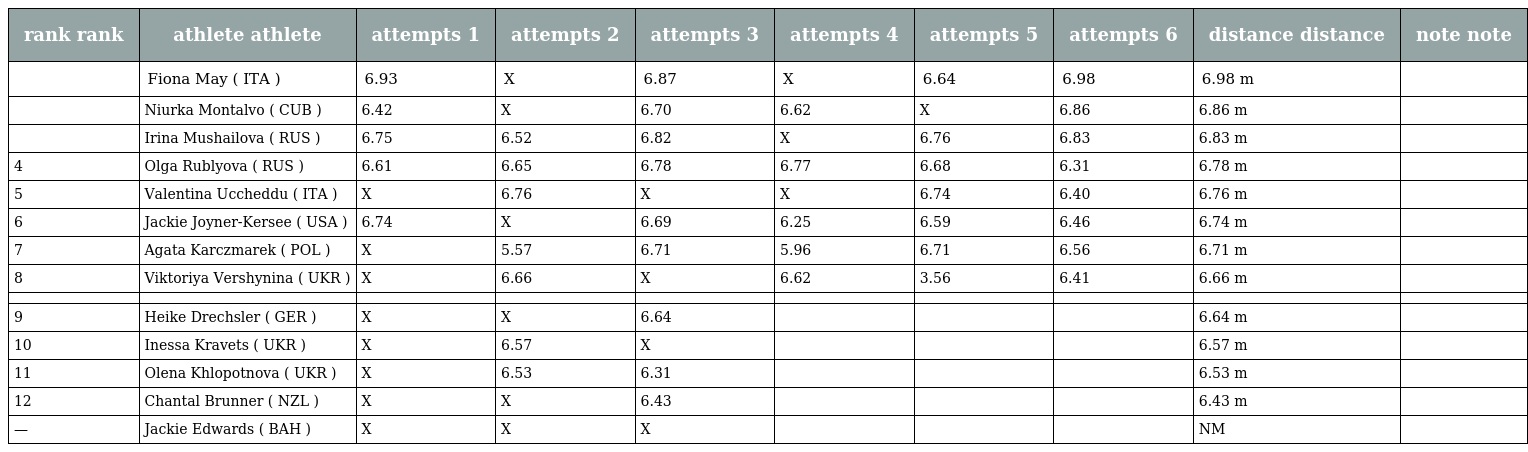
| rank rank | athlete athlete | attempts 1 | attempts 2 | attempts 3 | attempts 4 | attempts 5 | attempts 6 | distance distance | note note |
 | --- | --- | --- | --- | --- | --- | --- | --- | --- | --- |
 |  | Fiona May ( ITA ) | 6.93 | X | 6.87 | X | 6.64 | 6.98 | 6.98 m |  |
 |  | Niurka Montalvo ( CUB ) | 6.42 | X | 6.70 | 6.62 | X | 6.86 | 6.86 m |  |
 |  | Irina Mushailova ( RUS ) | 6.75 | 6.52 | 6.82 | X | 6.76 | 6.83 | 6.83 m |  |
 | 4 | Olga Rublyova ( RUS ) | 6.61 | 6.65 | 6.78 | 6.77 | 6.68 | 6.31 | 6.78 m |  |
 | 5 | Valentina Uccheddu ( ITA ) | X | 6.76 | X | X | 6.74 | 6.40 | 6.76 m |  |
 | 6 | Jackie Joyner-Kersee ( USA ) | 6.74 | X | 6.69 | 6.25 | 6.59 | 6.46 | 6.74 m |  |
 | 7 | Agata Karczmarek ( POL ) | X | 5.57 | 6.71 | 5.96 | 6.71 | 6.56 | 6.71 m |  |
 | 8 | Viktoriya Vershynina ( UKR ) | X | 6.66 | X | 6.62 | 3.56 | 6.41 | 6.66 m |  |
 |  |  |  |  |  |  |  |  |  |  |
 | 9 | Heike Drechsler ( GER ) | X | X | 6.64 |  |  |  | 6.64 m |  |
 | 10 | Inessa Kravets ( UKR ) | X | 6.57 | X |  |  |  | 6.57 m |  |
 | 11 | Olena Khlopotnova ( UKR ) | X | 6.53 | 6.31 |  |  |  | 6.53 m |  |
 | 12 | Chantal Brunner ( NZL ) | X | X | 6.43 |  |  |  | 6.43 m |  |
 | — | Jackie Edwards ( BAH ) | X | X | X |  |  |  | NM |  |